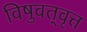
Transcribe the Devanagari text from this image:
विषुवत्‌वृत्त